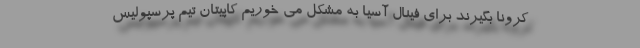
کرونا بگیرند برای فینال آسیا به مشکل می خوریم کاپیتان تیم پرسپولیس